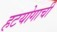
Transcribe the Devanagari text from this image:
हटयोगाची